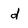
Character: d